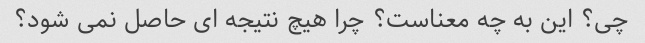
چی؟ این به چه معناست؟ چرا هیچ نتیجه ای حاصل نمی شود؟